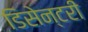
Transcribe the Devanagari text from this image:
डिसेन्टरी